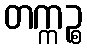
တက္ကဉ္စ